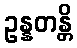
ဥန္နတန္တိ